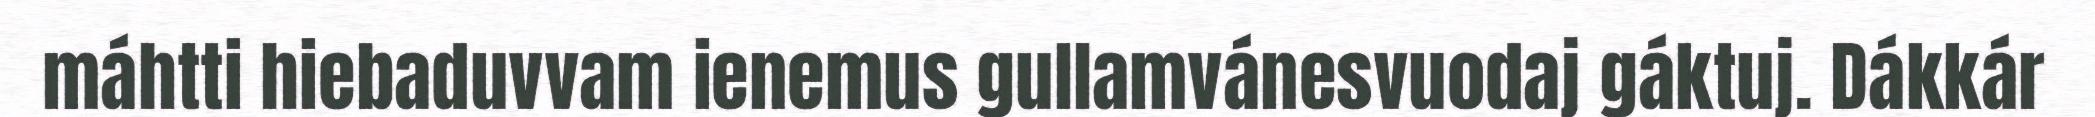
máhtti hiebaduvvam ienemus gullamvánesvuodaj gáktuj. Dákkár